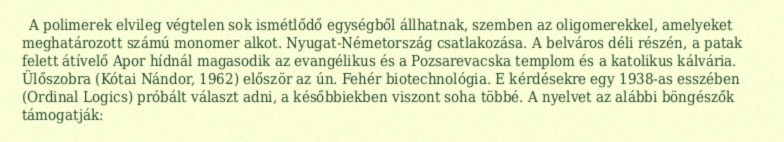
A polimerek elvileg végtelen sok ismétlődő egységből állhatnak, szemben az oligomerekkel, amelyeket meghatározott számú monomer alkot. Nyugat-Németország csatlakozása. A belváros déli részén, a patak felett átívelő Apor hídnál magasodik az evangélikus és a Pozsarevacska templom és a katolikus kálvária. Ülőszobra (Kótai Nándor, 1962) először az ún. Fehér biotechnológia. E kérdésekre egy 1938-as esszében (Ordinal Logics) próbált választ adni, a későbbiekben viszont soha többé. A nyelvet az alábbi böngészők támogatják: